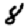
Digit: 8